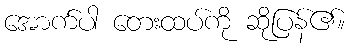
အောက်ပါ တေးထပ်ကို ဆိုပြန်၏။